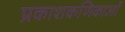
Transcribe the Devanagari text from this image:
प्रकाशकणिकाओं